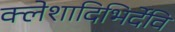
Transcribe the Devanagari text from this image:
क्लेशादिभिर्देवि